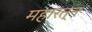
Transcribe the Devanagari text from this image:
महारत्‍न